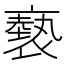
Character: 褻